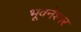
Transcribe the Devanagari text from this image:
भूवनेश्वर